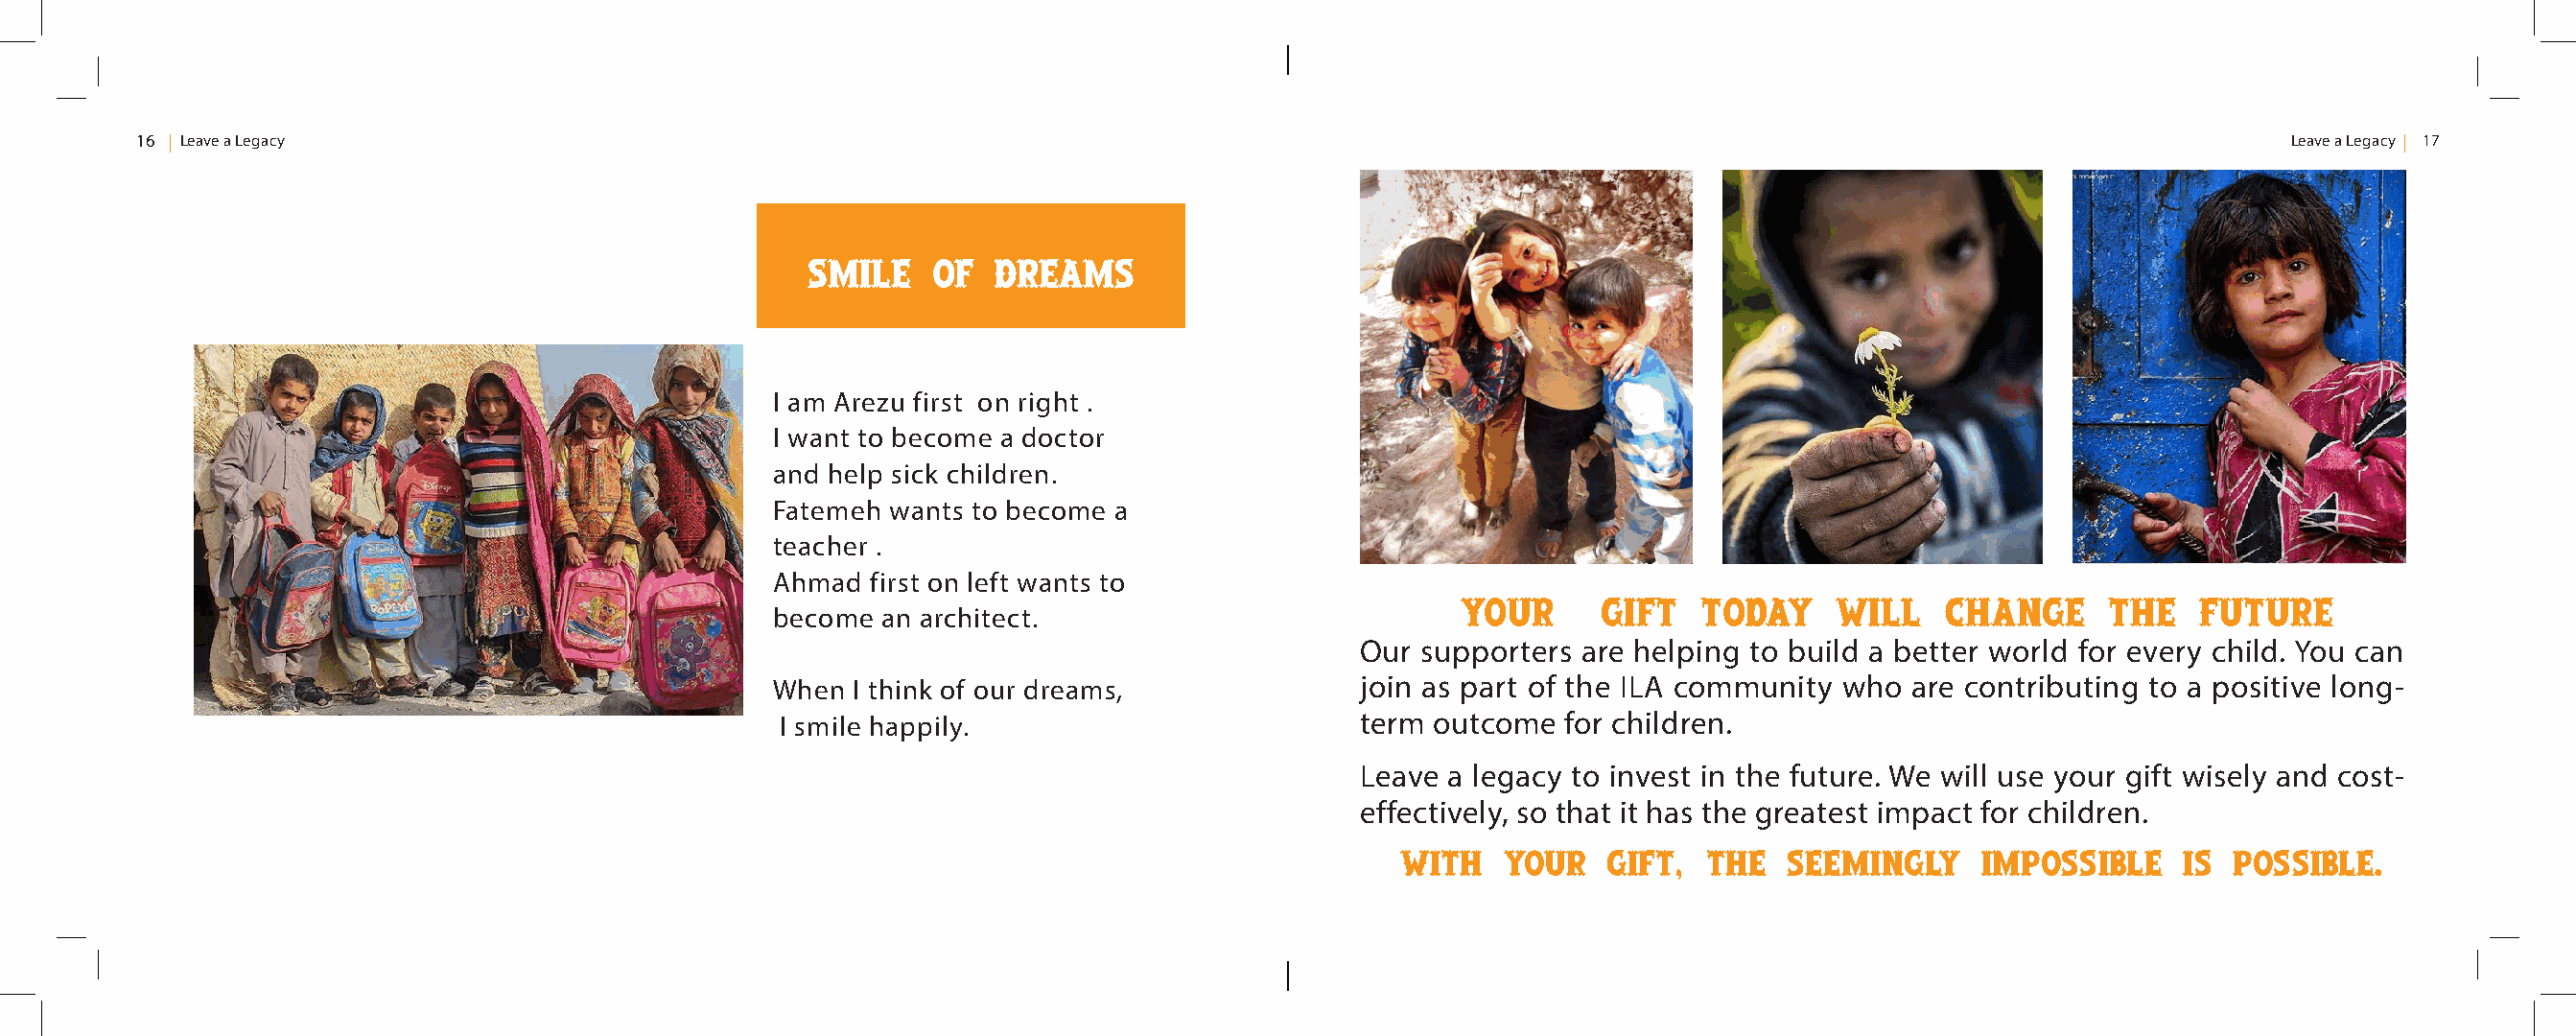
16 Leave a Legacy                                                                                                                                    Leave a Legacy 17
 Smile   of   Dreams
 I am Arezu first on right .
 I want to become a doctor
 and help sick children.
 Fatemeh wants to become a
 teacher .
 Ahmad  first on left wants to
 become  an architect.                           Your      gift  today     will   change      the   Future
 Our supporters are helping to build a better world for every child. You can
 When  I think of our dreams,             join as part of the ILA community who are contributing to a positive long-
 I smile happily.                        term outcome  for children.
 Leave a legacy to invest in the future. We will use your gift wisely and cost-
 effectively, so that it has the greatest impact for children.
 With   your   gift,  the  seemingly     impossible    is possible.